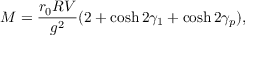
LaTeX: M = { \frac { r _ { 0 } R V } { g ^ { 2 } } } ( 2 + \cosh 2 \gamma _ { 1 } + \cosh 2 \gamma _ { p } ) ,